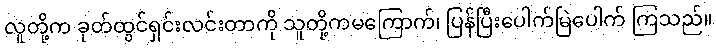
လူတို့က ခုတ်ထွင်ရှင်းလင်းတာကို သူတို့ကမကြောက်၊ ပြန်ပြီးပေါက်မြဲပေါက် ကြသည်။